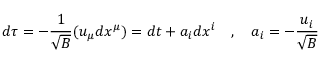
d \tau = - { \frac { 1 } { \sqrt { B } } } ( u _ { \mu } d x ^ { \mu } ) = d t + a _ { i } d x ^ { i } ~ ~ ~ , ~ ~ ~ a _ { i } = - { \frac { u _ { i } } { \sqrt { B } } }